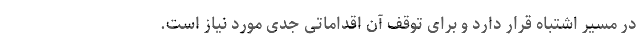
در مسیر اشتباه قرار دارد و برای توقف آن اقداماتی جدی مورد نیاز است.